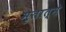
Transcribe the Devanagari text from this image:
मृतात्मे